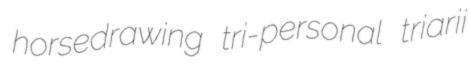
horsedrawing tri-personal triarii